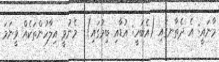
މާނައީ: އެ ދެތާނގައި (އެބަހީ: އުޑާއި ބިމުގައި)  މެނުވީ އިލާހުންތަކެއް ވީނަމަ